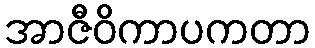
အာဇီဝိကာပကတာ